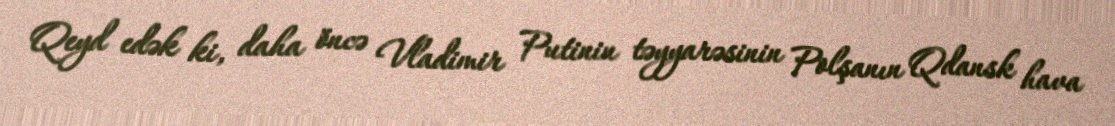
Qeyd edək ki, daha öncə Vladimir Putinin təyyarəsinin Polşanın Qdansk hava